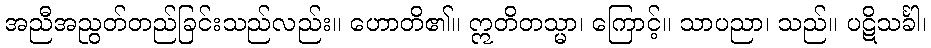
အညီအညွတ်တည်ခြင်းသည်လည်း။ ဟောတိ၏။ ဣတိတသ္မာ၊ ကြောင့်။ သာပညာ၊ သည်။ ပဋိသင်္ခါ၊